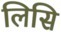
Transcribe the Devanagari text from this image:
लिसि